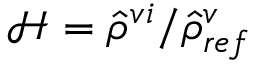
\mathcal { H } = \hat { \rho } ^ { v i } / \hat { \rho } _ { r e f } ^ { v }